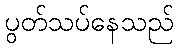
ပွတ်သပ်နေသည်